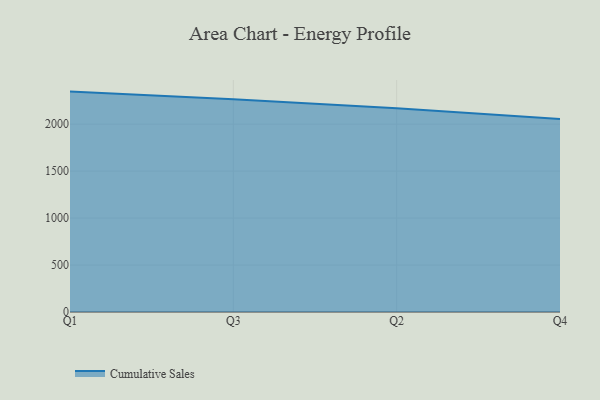
{"axis": {"x": "Quarter", "y": "Page Views"}, "legend": ["Cumulative Sales"], "data": [{"x": "Q1", "y": 2346.7, "type": "Cumulative Sales"}, {"x": "Q3", "y": 2266.2, "type": "Cumulative Sales"}, {"x": "Q2", "y": 2168.6, "type": "Cumulative Sales"}, {"x": "Q4", "y": 2054.1, "type": "Cumulative Sales"}]}